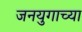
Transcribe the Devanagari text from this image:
जनयुगाच्या